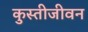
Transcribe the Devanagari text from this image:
कुस्तीजीवन